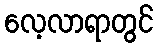
လေ့လာရာတွင်